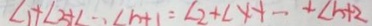
\angle 1 + \angle 3 + \angle \cdots \angle n + 1 = \angle 2 + \angle 4 + \cdots + \angle n + 2